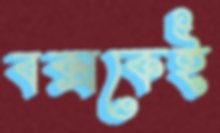
বক্সকেই